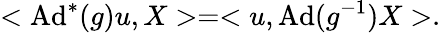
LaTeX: <\mathrm{Ad}^{*}(g)u,X>=<u,\mathrm{Ad}(g^{-1})X>.